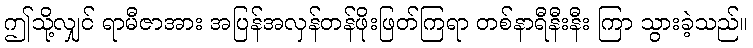
ဤသို့လျှင် ရာမီဇာအား အပြန်အလှန်တန်ဖိုးဖြတ်ကြရာ တစ်နာရီနီးနီး ကြာ သွားခဲ့သည်။